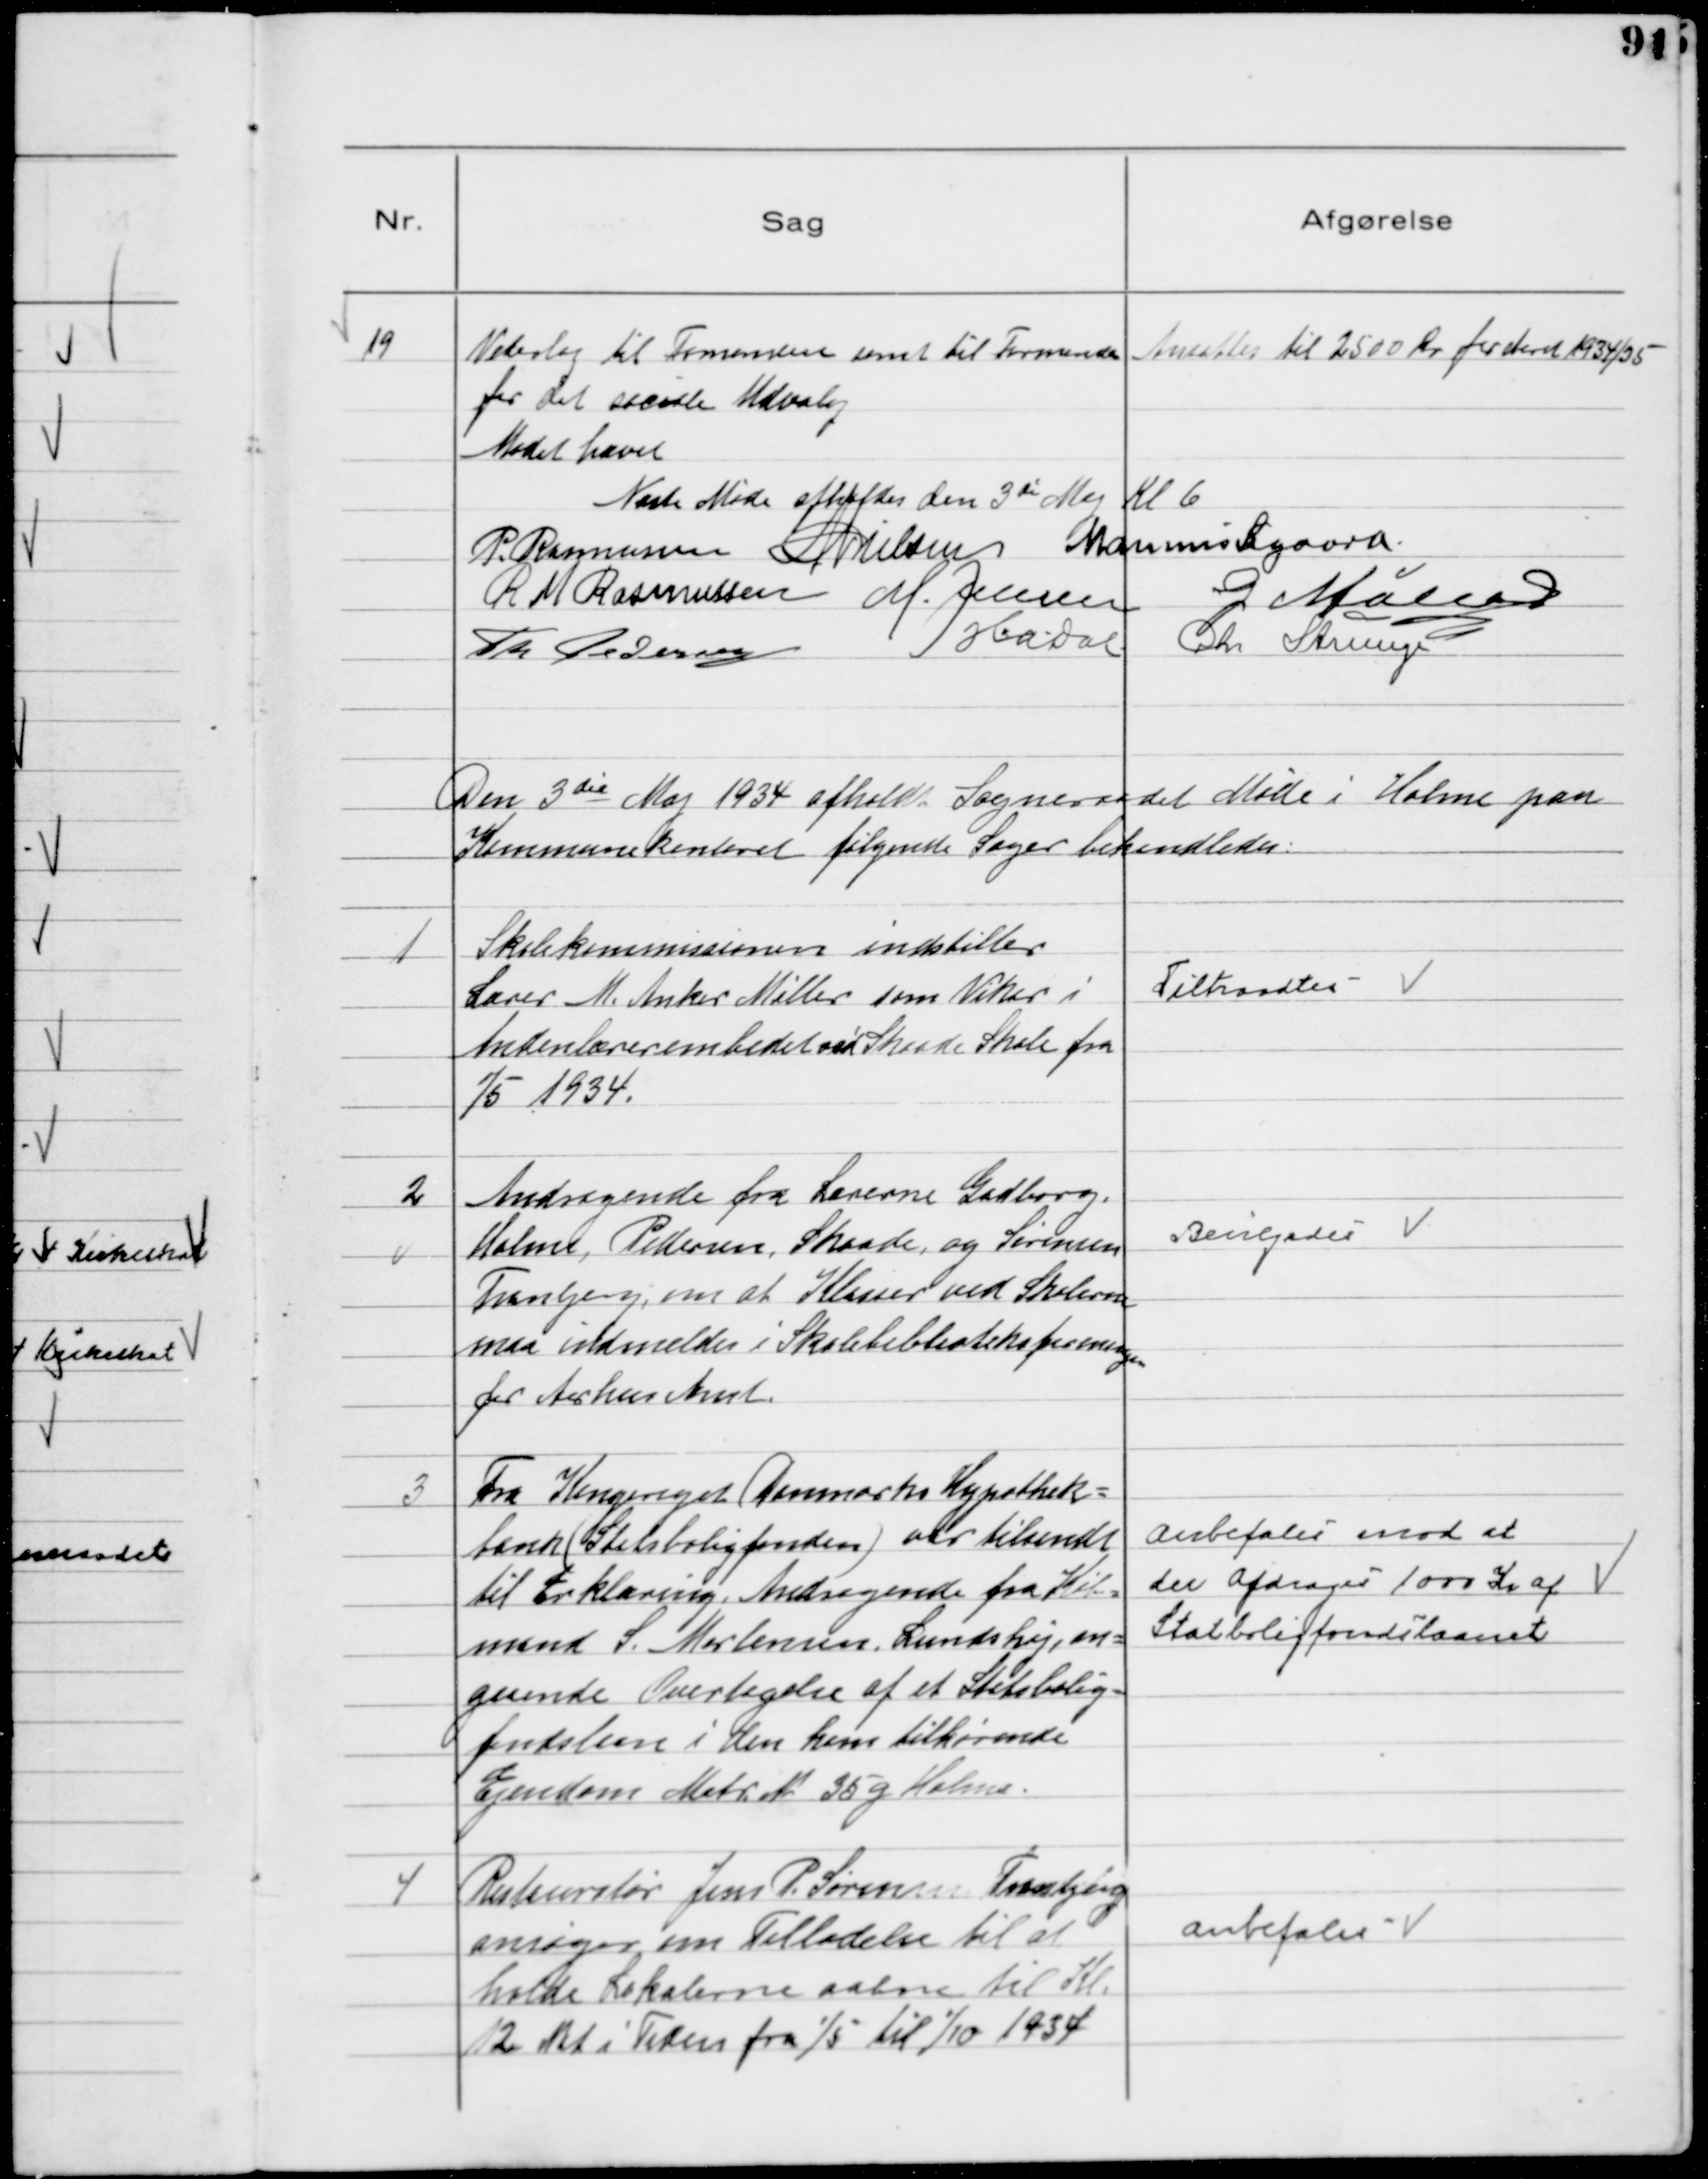
Transskription:
19
Vederlag til Formanden samt til Formanden
for det sociale Udvalg

Ansattes til 2500 Kr for Aaret 1934/35

Mødet hævet
Næste Møde afholdes den 3de Maj Kl 6
P. Rasmussen NNielsen Marinus Sigaard
R M Rasmussen M. Jensen G Møller
Th Pedersen
HADal
Chr Strunge

Den 3die Maj 1934 afholdt Sogneraadet Møde i Holme paa
Kommunekontoret følgende Sager behandledes

1
Skolekommissionen indstiller
Lærer M. Anker Møller som Vikar i
Andenlærerembedet ved Skaade Skole fra
1/5 1934.

Tiltraadtes

2
Andragende fra Lærerne Gadborg,
Holme, Pedersen, Skaade og Sørensen
Tranbjerg, om at Klasser ved Skolerne
maa indmeldes i Skolebiblioteksforeningen
for Aarhus Amt.

Bevilgedes

3
Fra Kongeriget Danmarks Hypothek-
bank (Statsboligfonden) var tilsendt
til Erklæring. Andragende fra Køb-
mand S. Mortensen, Lundshøj, an-
gaaende Overtagelse af et Statsbolig-
fondslaan i den ham tilhørende
Ejendom Matr №35 g Holme

Anbefales mod at
der afdrages 1000 Kr af
Statsboligfondlaanet

4
Restauratør Jens P. Sørensen Tranbjerg
ansøger om Tilladelse til at
holde Lokalerne aabne til Kl.
12 Nat i Tiden fra 1/5 til 1/10 1934

Anbefales